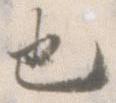
也